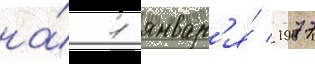
на́ 1 январ'я́ 1977